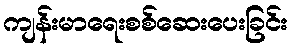
ကျန်းမာရေးစစ်ဆေးပေးခြင်း